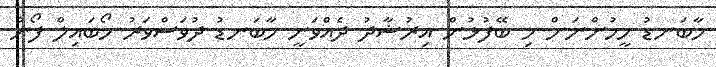
މާބަނޑު މީހުންނަށް މި ބޭފުޅުން އިރުޝާދު ދެއްވަނީ މާބަނޑު ދުވަސްވަރު މޯބައިލް ފޯނު